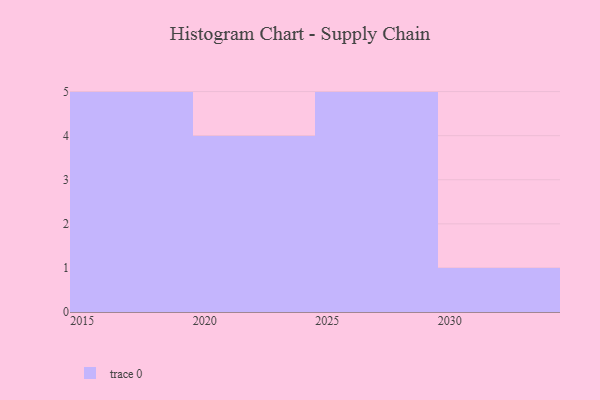
{"axis": {"x": "Year", "y": "Temperature (°C)"}, "legend": [""], "data": [{"x": "2028", "y": 98, "type": ""}, {"x": "2022", "y": 68, "type": ""}, {"x": "2023", "y": 32, "type": ""}, {"x": "2017", "y": 7, "type": ""}, {"x": "2026", "y": 63, "type": ""}, {"x": "2030", "y": 52, "type": ""}, {"x": "2029", "y": 71, "type": ""}, {"x": "2015", "y": 2, "type": ""}, {"x": "2025", "y": 66, "type": ""}, {"x": "2019", "y": 95, "type": ""}, {"x": "2018", "y": 64, "type": ""}, {"x": "2021", "y": 84, "type": ""}, {"x": "2016", "y": 33, "type": ""}, {"x": "2027", "y": 20, "type": ""}, {"x": "2020", "y": 43, "type": ""}]}